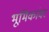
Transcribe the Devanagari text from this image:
भूमिकांवर